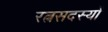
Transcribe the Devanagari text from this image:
रत्नसदस्यों